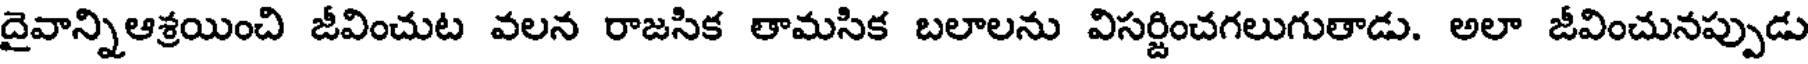
దైవాన్నిఆశ్రయించి జీవించుట వలన రాజసిక తామసిక బలాలను విసర్జించగలుగుతాడు. అలా జీవించునప్పుడు